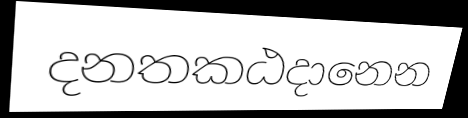
දනතකඨදානෙන